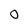
Character: 0